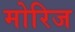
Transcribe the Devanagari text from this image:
मोरिज